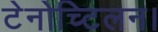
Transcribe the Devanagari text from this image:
टेनोच्टिलन।